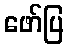
ဖော်ပြ